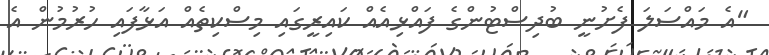
"އެ މައްސަލަ ފެށުނީ ބުދިސްޓުންގެ ފައްޅިއެއް ކައިރީގައި މިސްކިތެއް އަޅާފައި ހުރުމުން އެ